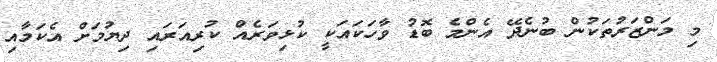
މި މަންޒަރުތަކުން ބުނެދޭ އެންމެ ބޮޑު ވާހަކައަކީ ކުޅިވަރެއް ކުރިއަރައި ދިޔުމަށް އެކަމާއި